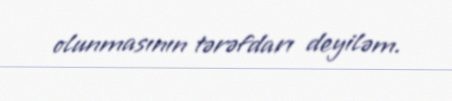
olunmasının tərəfdarı deyiləm.